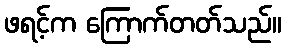
ဖရင့်က ကြောက်တတ်သည်။